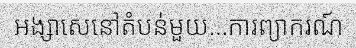
អង្សាសេនៅតំបន់មួយ...ការព្យាករណ៍